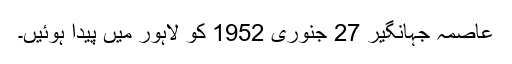
عاصمہ جہانگیر 27 جنوری 1952 کو لاہور میں پیدا ہوئیں۔